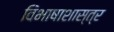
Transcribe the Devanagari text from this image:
विभाषाशास्त्र